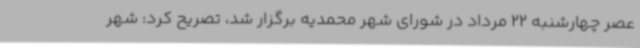
عصر چهارشنبه 22 مرداد در شورای شهر محمدیه برگزار شد، تصریح کرد: شهر